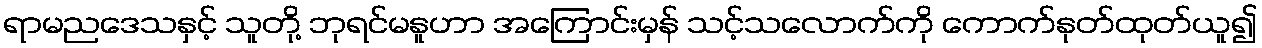
ရာမညဒေသနှင့် သူတို့ ဘုရင်မနူဟာ အကြောင်းမှန် သင့်သလောက်ကို ကောက်နုတ်ထုတ်ယူ၍